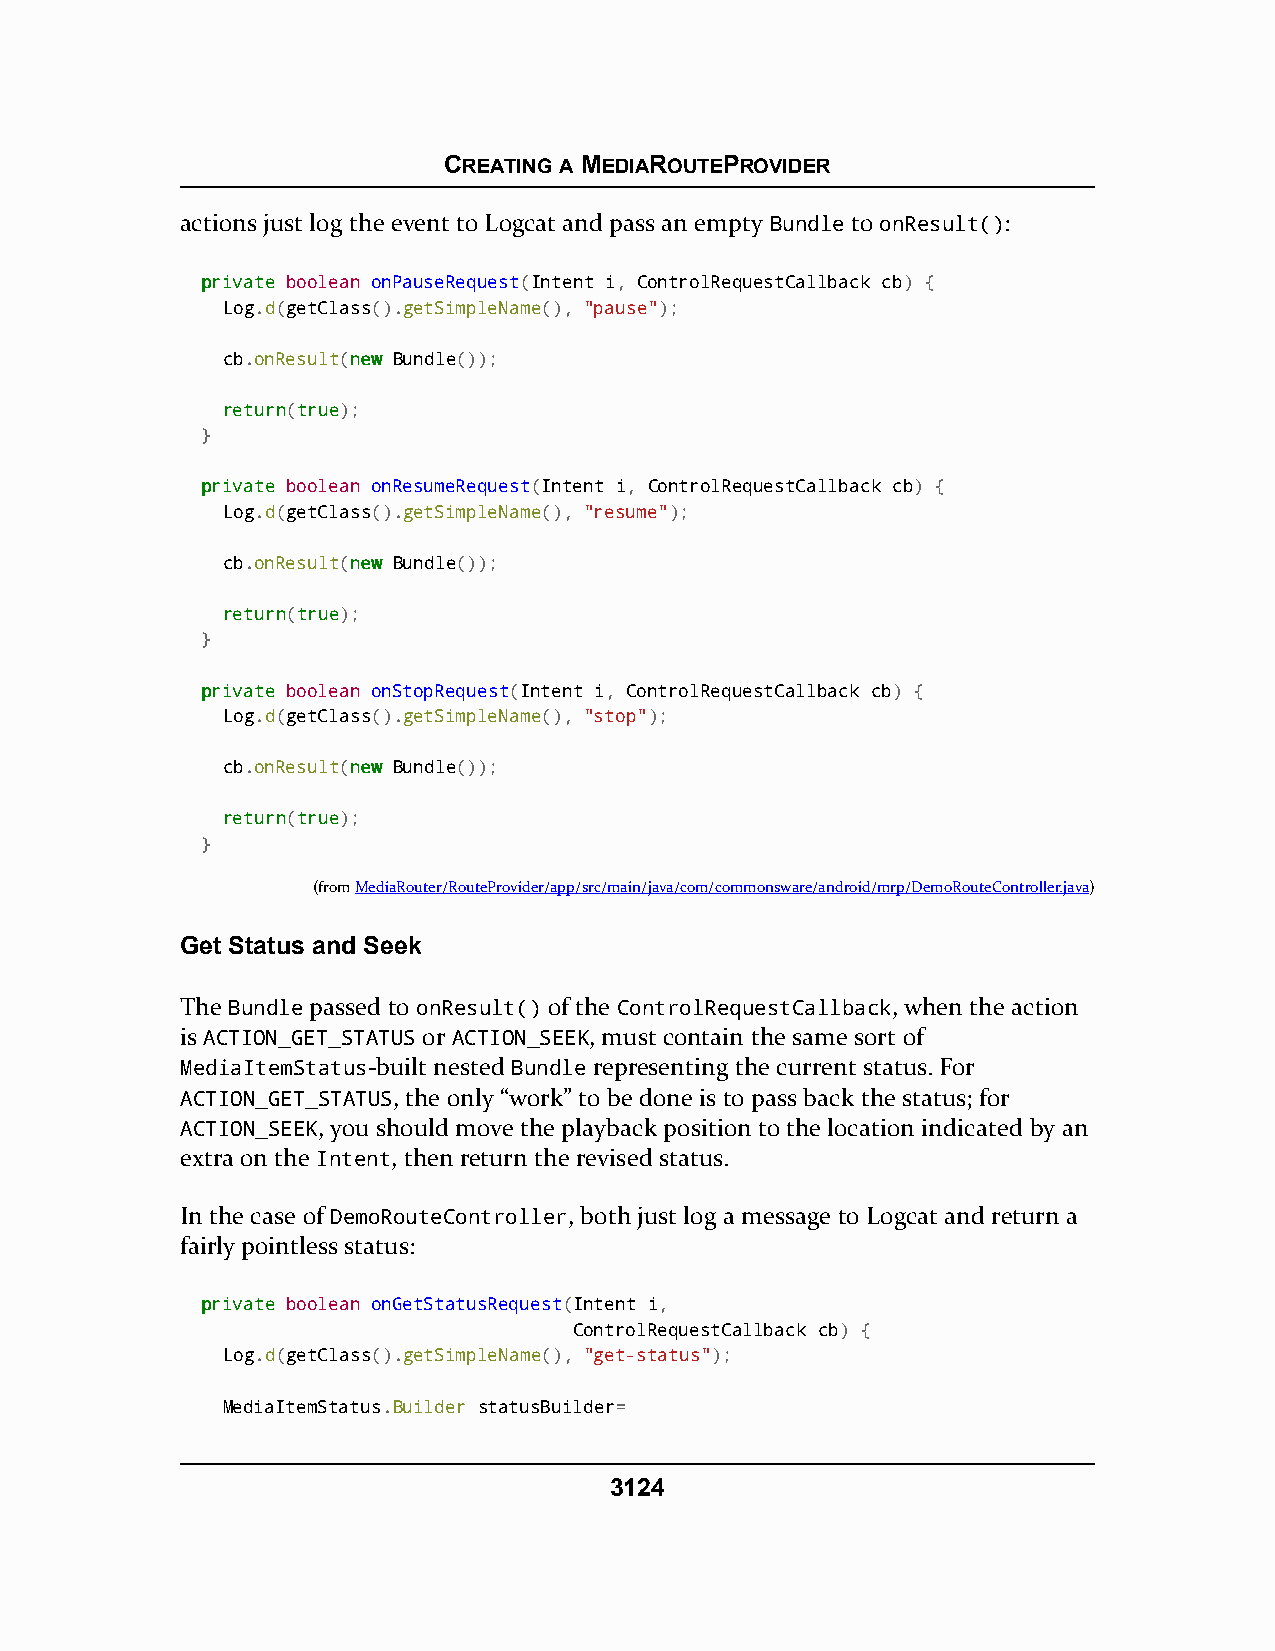
CREATING A MEDIAROUTEPROVIDER
 actions just log the event to Logcat and pass an empty Bundle to onResult():
 pprriivvaattee boolean onPauseRequest(Intent i, ControlRequestCallback cb) {
 Log.d(getClass().getSimpleName(), "pause");
 cb.onResult(nneeww Bundle());
 rreettuurrnn(ttrruuee);
 }
 pprriivvaattee boolean onResumeRequest(Intent i, ControlRequestCallback cb) {
 Log.d(getClass().getSimpleName(), "resume");
 cb.onResult(nneeww Bundle());
 rreettuurrnn(ttrruuee);
 }
 pprriivvaattee boolean onStopRequest(Intent i, ControlRequestCallback cb) {
 Log.d(getClass().getSimpleName(), "stop");
 cb.onResult(nneeww Bundle());
 rreettuurrnn(ttrruuee);
 }
 (fromMediaRouter/RouteProvider/app/src/main/java/com/commonsware/android/mrp/DemoRouteController.java)
 Get Status and Seek
 The Bundle passed to onResult() of the ControlRequestCallback, when the action
 is ACTION_GET_STATUS or ACTION_SEEK, must contain the same sort of
 MediaItemStatus-built nested Bundle representing the current status. For
 ACTION_GET_STATUS, the only “work” to be done is to pass back the status; for
 ACTION_SEEK, you should move the playback position to the location indicated by an
 extra on the Intent, then return the revised status.
 In the case of DemoRouteController, both just log a message to Logcat and return a
 fairly pointless status:
 pprriivvaattee boolean onGetStatusRequest(Intent i,
 ControlRequestCallback cb) {
 Log.d(getClass().getSimpleName(), "get-status");
 MediaItemStatus.Builder statusBuilder=
 3124